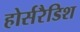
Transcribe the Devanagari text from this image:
होर्सरैडिश